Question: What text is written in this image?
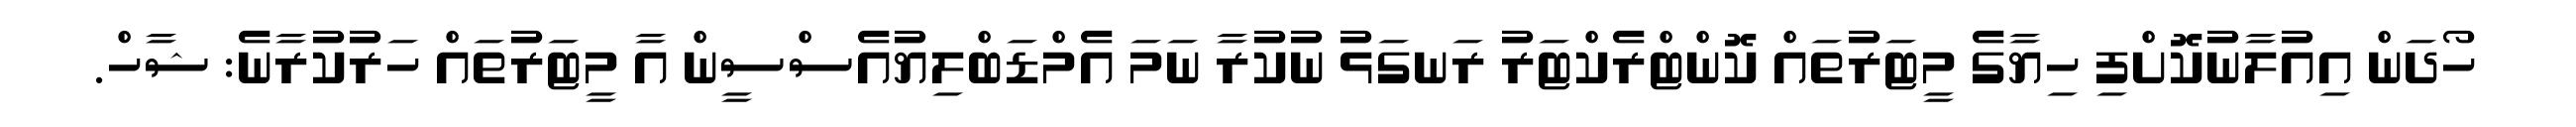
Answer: ހޯދަން އިއުލާނުކޮށްފި ހިޔާގެ މީޓަރުތައް ކޮންޓްރެކްޓަރު ރަނގަޅު ނުކުރާ ނަމަ އެމްޑަބްލިޔުއެސްސީން އާ މީޓަރުތައް ހަރުކުރާނެ: ޝާހް.